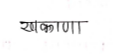
मजकूर: खाकाना